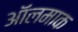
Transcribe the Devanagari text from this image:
ऑलमाक